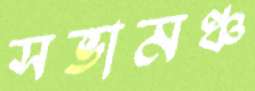
সভামঞ্চ